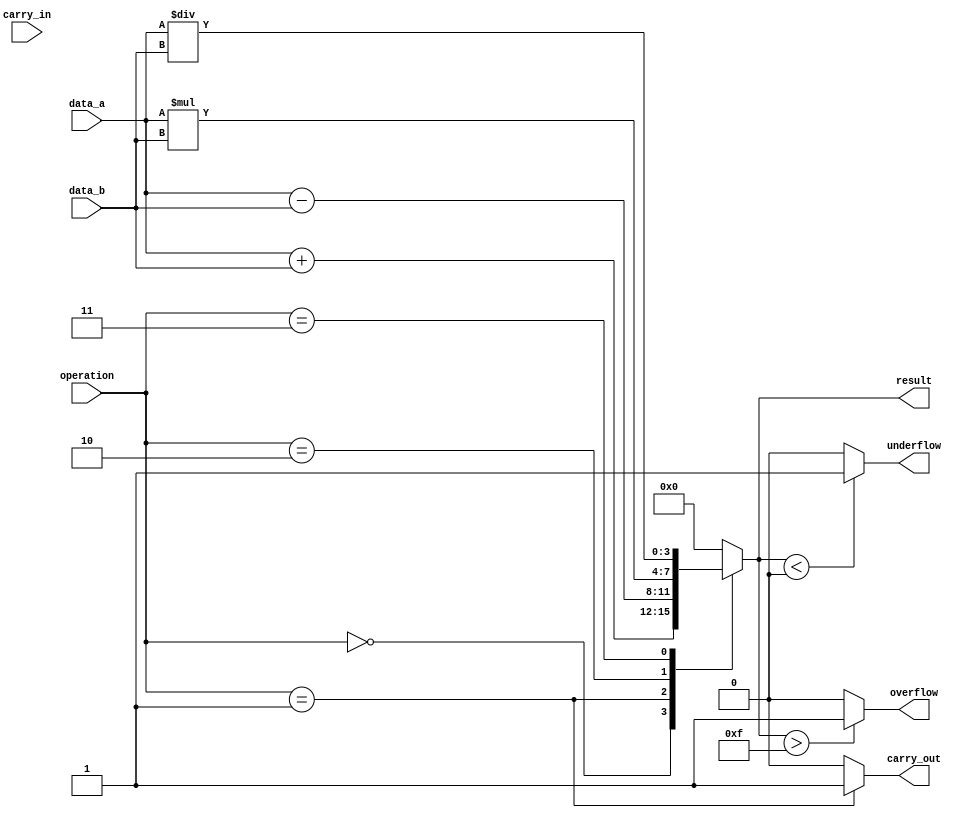
module ALU (
    input [3:0] data_a,
    input [3:0] data_b,
    input [2:0] operation,
    input carry_in,
    output reg [3:0] result,
    output reg carry_out,
    output reg overflow,
    output reg underflow
);

always @ (data_a, data_b, operation)
begin
    case(operation)
        3'b000: result = data_a + data_b; // Addition
        3'b001: result = data_a - data_b; // Subtraction
        3'b010: result = data_a * data_b; // Multiplication
        3'b011: result = data_a / data_b; // Division
        default: result = 4'b0; // Default to 0
    endcase
end

always @ (result)
begin
    // Carry-out logic
    case(operation)
        3'b000: carry_out = (result[4] == 1) ? 1'b1 : 1'b0; // Addition
        3'b001: carry_out = (result[4] == 1) ? 1'b0 : 1'b1; // Subtraction
        3'b010: carry_out = 1'b0; // Multiplication
        3'b011: carry_out = 1'b0; // Division
        default: carry_out = 1'b0; // Default to 0
    endcase
    
    // Overflow logic
    if (result > 16'hF) begin
        overflow = 1'b1;
    end else begin
        overflow = 1'b0;
    end
    
    // Underflow logic
    if (result < 4'h0) begin
        underflow = 1'b1;
    end else begin
        underflow = 1'b0;
    end
end

endmodule